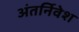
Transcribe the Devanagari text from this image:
अंतर्निवेश